Statistical return of the lunatic asylum in Assam - 1912-1932
Year: 1912
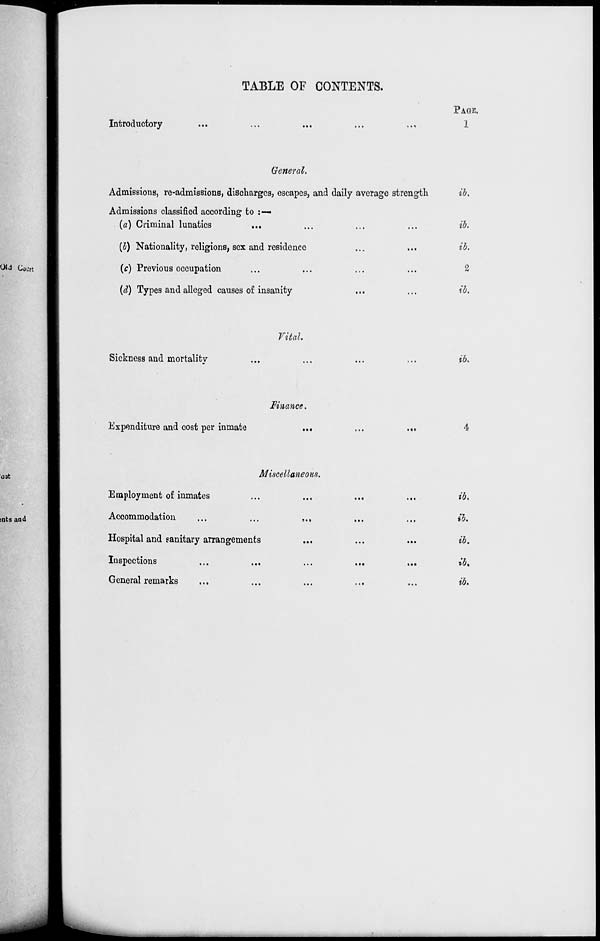
TABLE OF CONTENTS.
Introductory
PAGE.
1
General.
Admissions, re-admissions, discharges, escapes, and daily average strength
ib.
Admissions classified according to :—
(a) Criminal lunatics
...
...
...
...
ib.
(5) Nationality, religions, sex and residence
...
...
ib.
(c) Previous occupation
(d) Types and alleged causes of insanity
...
...
ib.
Vital.
Sickness and mortalitv
ibs
Finance.
Expenditure and cost per inmate
Miscellaneous.
Employment of inmates
Accommodation
Hospital and sanitary arrangements
Inspections
General remarks
»•»
ib.
ib.
ib.
ib,
ib.